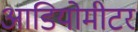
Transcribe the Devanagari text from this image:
आडियोमीटर